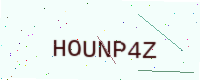
Text: HOUNP4Z